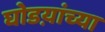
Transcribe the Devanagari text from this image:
घोडय़ांच्या